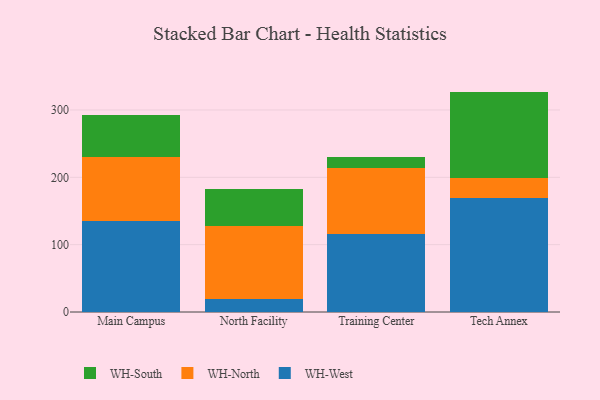
{"axis": {"x": "Campus", "y": "Production Output"}, "legend": ["WH-North", "WH-South", "WH-West"], "data": [{"x": "Main Campus", "y": 135.6, "type": "WH-West"}, {"x": "Main Campus", "y": 94.3, "type": "WH-North"}, {"x": "Main Campus", "y": 63.0, "type": "WH-South"}, {"x": "North Facility", "y": 19.6, "type": "WH-West"}, {"x": "North Facility", "y": 107.8, "type": "WH-North"}, {"x": "North Facility", "y": 55.3, "type": "WH-South"}, {"x": "Training Center", "y": 115.1, "type": "WH-West"}, {"x": "Training Center", "y": 98.5, "type": "WH-North"}, {"x": "Training Center", "y": 16.1, "type": "WH-South"}, {"x": "Tech Annex", "y": 168.7, "type": "WH-West"}, {"x": "Tech Annex", "y": 30.9, "type": "WH-North"}, {"x": "Tech Annex", "y": 127.7, "type": "WH-South"}]}